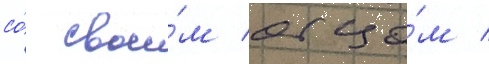
со́ свои́м отцо́м /